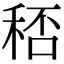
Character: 𥞶